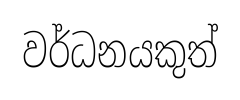
වර්ධනයකුත්